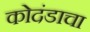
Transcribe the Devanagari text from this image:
कोदंडाचा